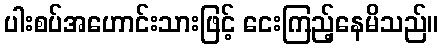
ပါးစပ်အဟောင်းသားဖြင့် ငေးကြည့်နေမိသည်။